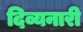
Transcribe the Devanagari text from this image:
दिव्यनारी